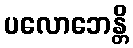
ပလောဘေန္တိ